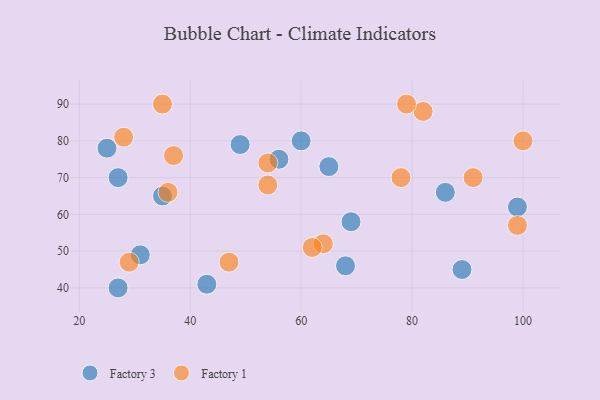
{"axis": {"x": "GDP", "y": "Life Expectancy"}, "legend": ["Factory 1", "Factory 3"], "data": [{"x": "56", "y": 75, "type": "Factory 3"}, {"x": "86", "y": 66, "type": "Factory 3"}, {"x": "35", "y": 65, "type": "Factory 3"}, {"x": "31", "y": 49, "type": "Factory 3"}, {"x": "60", "y": 80, "type": "Factory 3"}, {"x": "69", "y": 58, "type": "Factory 3"}, {"x": "49", "y": 79, "type": "Factory 3"}, {"x": "43", "y": 41, "type": "Factory 3"}, {"x": "25", "y": 78, "type": "Factory 3"}, {"x": "27", "y": 70, "type": "Factory 3"}, {"x": "68", "y": 46, "type": "Factory 3"}, {"x": "65", "y": 73, "type": "Factory 3"}, {"x": "99", "y": 62, "type": "Factory 3"}, {"x": "27", "y": 40, "type": "Factory 3"}, {"x": "89", "y": 45, "type": "Factory 3"}, {"x": "78", "y": 70, "type": "Factory 1"}, {"x": "37", "y": 76, "type": "Factory 1"}, {"x": "54", "y": 74, "type": "Factory 1"}, {"x": "35", "y": 90, "type": "Factory 1"}, {"x": "82", "y": 88, "type": "Factory 1"}, {"x": "47", "y": 47, "type": "Factory 1"}, {"x": "64", "y": 52, "type": "Factory 1"}, {"x": "79", "y": 90, "type": "Factory 1"}, {"x": "91", "y": 70, "type": "Factory 1"}, {"x": "29", "y": 47, "type": "Factory 1"}, {"x": "54", "y": 68, "type": "Factory 1"}, {"x": "36", "y": 66, "type": "Factory 1"}, {"x": "28", "y": 81, "type": "Factory 1"}, {"x": "99", "y": 57, "type": "Factory 1"}, {"x": "62", "y": 51, "type": "Factory 1"}, {"x": "100", "y": 80, "type": "Factory 1"}]}